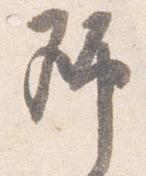
師